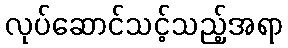
လုပ်ဆောင်သင့်သည့်အရာ